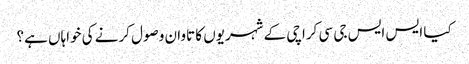
کیا ایس ایس جی سی کراچی کے شہریوں کا تاوان وصول کرنے کی خواہاں ہے؟